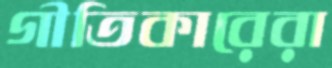
গীতিকারেরা